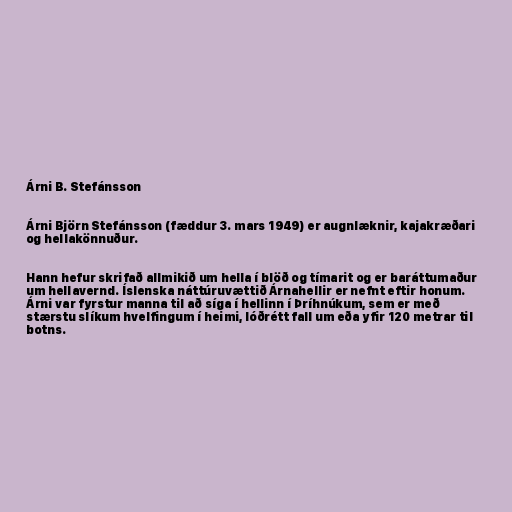
Árni B. Stefánsson

Árni Björn Stefánsson (fæddur 3. mars 1949) er augnlæknir, kajakræðari
og hellakönnuður.

Hann hefur skrifað allmikið um hella í blöð og tímarit og er baráttumaður
um hellavernd. Íslenska náttúruvættið Árnahellir er nefnt eftir honum.
Árni var fyrstur manna til að síga í hellinn í Þríhnúkum, sem er með
stærstu slíkum hvelfingum í heimi, lóðrétt fall um eða yfir 120 metrar til
botns.